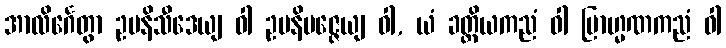
အာလိင်္ဂေတွာ ဥပနိသီဒေယျ ဝါ ဥပနိပဇ္ဇေယျ ဝါ, ယံ ခတ္တိယကညံ ဝါ ဗြာဟ္မဏကညံ ဝါ